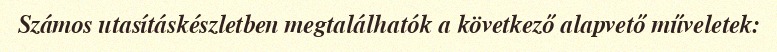
Számos utasításkészletben megtalálhatók a következő alapvető műveletek: